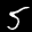
Label: 5